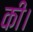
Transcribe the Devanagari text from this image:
की।